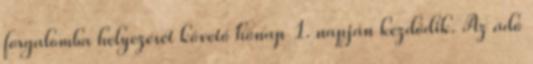
forgalomba helyezését követő hónap 1. napján kezdődik. Az adó